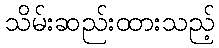
သိမ်းဆည်းထားသည့်